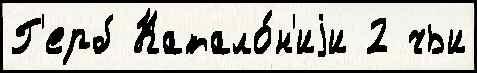
Г'ерб Катало́н'иjи 2 чьи